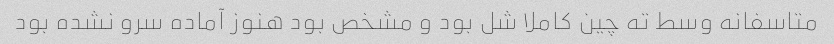
متاسفانه وسط ته چین کاملا شل بود و مشخص بود هنوز آماده سرو نشده بود